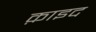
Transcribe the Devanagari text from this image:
क़ाइद